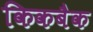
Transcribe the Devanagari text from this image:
किकबैक